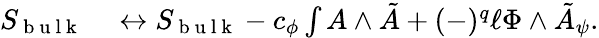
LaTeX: \begin{array}{rl}{S_{\mathrm{~b~u~l~k~}}}&{{}\leftrightarrow S_{\mathrm{~b~u~l~k~}}-c_{\phi}\int A\wedge\tilde{A}+(-)^{q}\ell\Phi\wedge\tilde{A}_{\psi}.}\end{array}